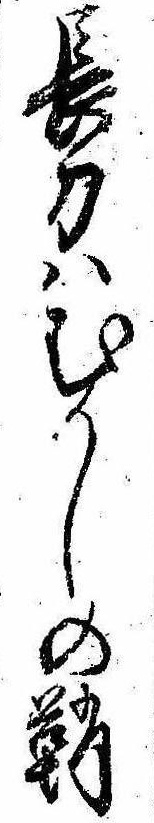
長刀はむかしの鞘